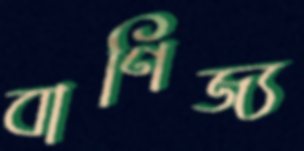
বাণিজ্য